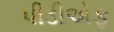
પીડીએફ